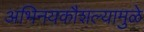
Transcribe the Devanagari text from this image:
अभिनयकौशल्यामुळे